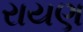
રાયણ